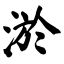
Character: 淤